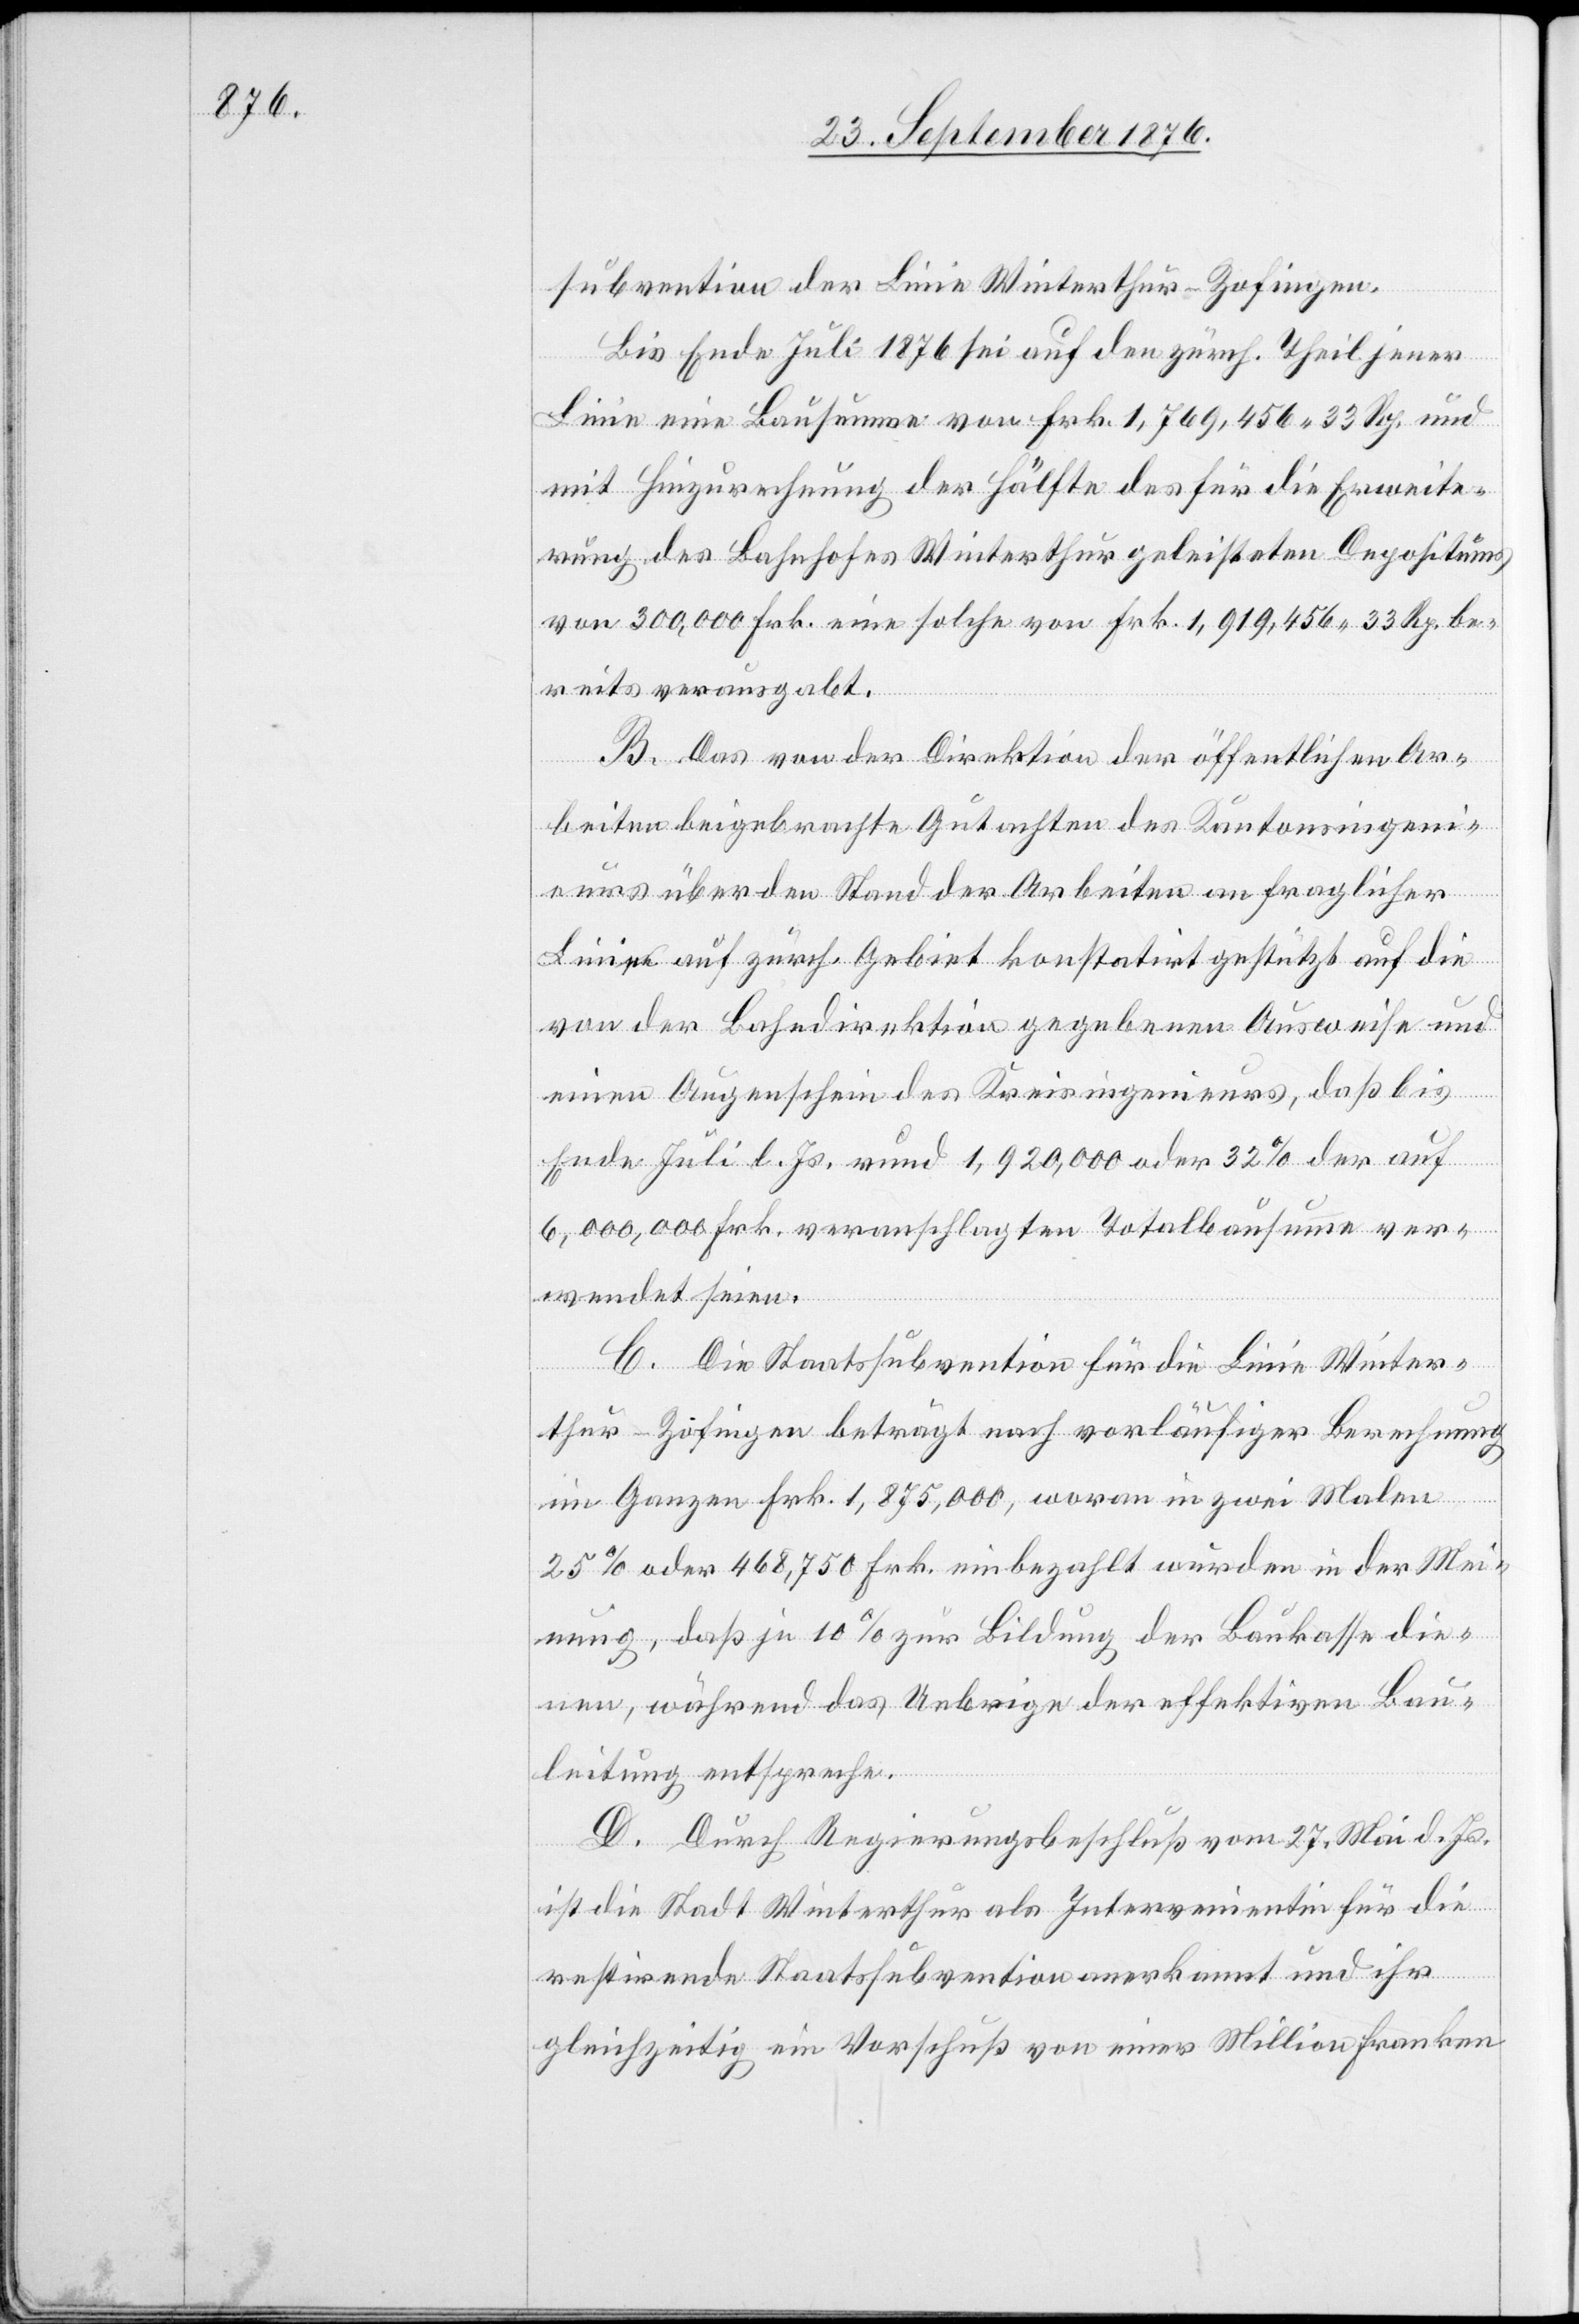
subvention der Linie Winterthur–Zofingen.
Bis Ende Juli 1876 sei auf den zürch. Theil jener
Linie eine Bausumme von Frk. 1,769,456 33 Rp. und
mit Hinzurechnung der Hälfte des für die Erweite¬
rung des Bahnhofes Winterthur geleisteten Depositums
von 300,000 Frk. eine solche von Frk. 1,919,456 33 Rp. be¬
reits verausgabt.
B. Das von der Direktion der öffentlichen Ar¬
beiten beigebrachte Gutachten des Kantonsingeni¬
eurs über den Stand der Arbeiten an fraglicher
Bildung
Linie auf zürch. Gebiet konstatirt gestützt auf die
von der Bahndirektion gegebenen Ausweise und
die¬
einen Augenschein des Kreisingenieurs, daß bis
Ende Juli l. Js. rund 1,920,000 oder 32% der auf
6,000,000 Frk. veranschlagten Totalbausumme ver¬
wendet seien.
C. Die Staatssubvention für die Linie Winter¬
thur–Zofingen beträgt nach vorläufiger Berechnung
im Ganzen Frk. 1,875,000, woran in zwei Malen
nen, während das Uebrige der effektiven Bau¬
leitung entspreche.
D. Durch Regierungsrathsbeschluß vom 27. Mai d. Js.
ist die Stadt Winterthur als Intervenientin für die
restirende Staatssubvention anerkannt und ihr
gleichzeitig ein Vorschuß von einer Million Franken